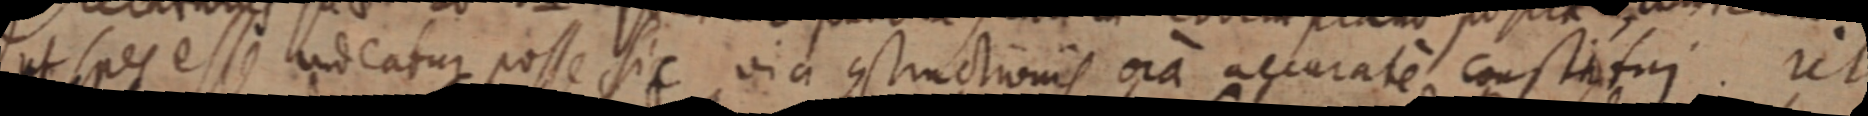
ut per esse udeatur posse sic via constructionis ora accurate constitui. ut